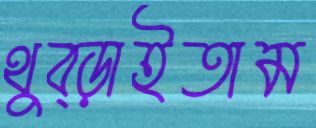
থুব্‌ড়াইতাম